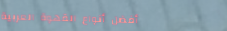
أفضل أنواع القهوة العربية